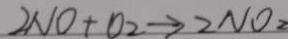
2 N O + O _ { 2 } \rightarrow 2 N O _ { 2 }